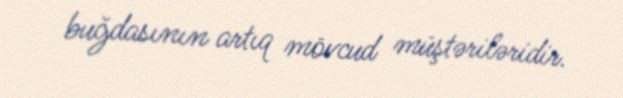
buğdasının artıq mövcud müştəriləridir.